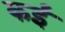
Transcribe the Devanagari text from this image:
कर्इं